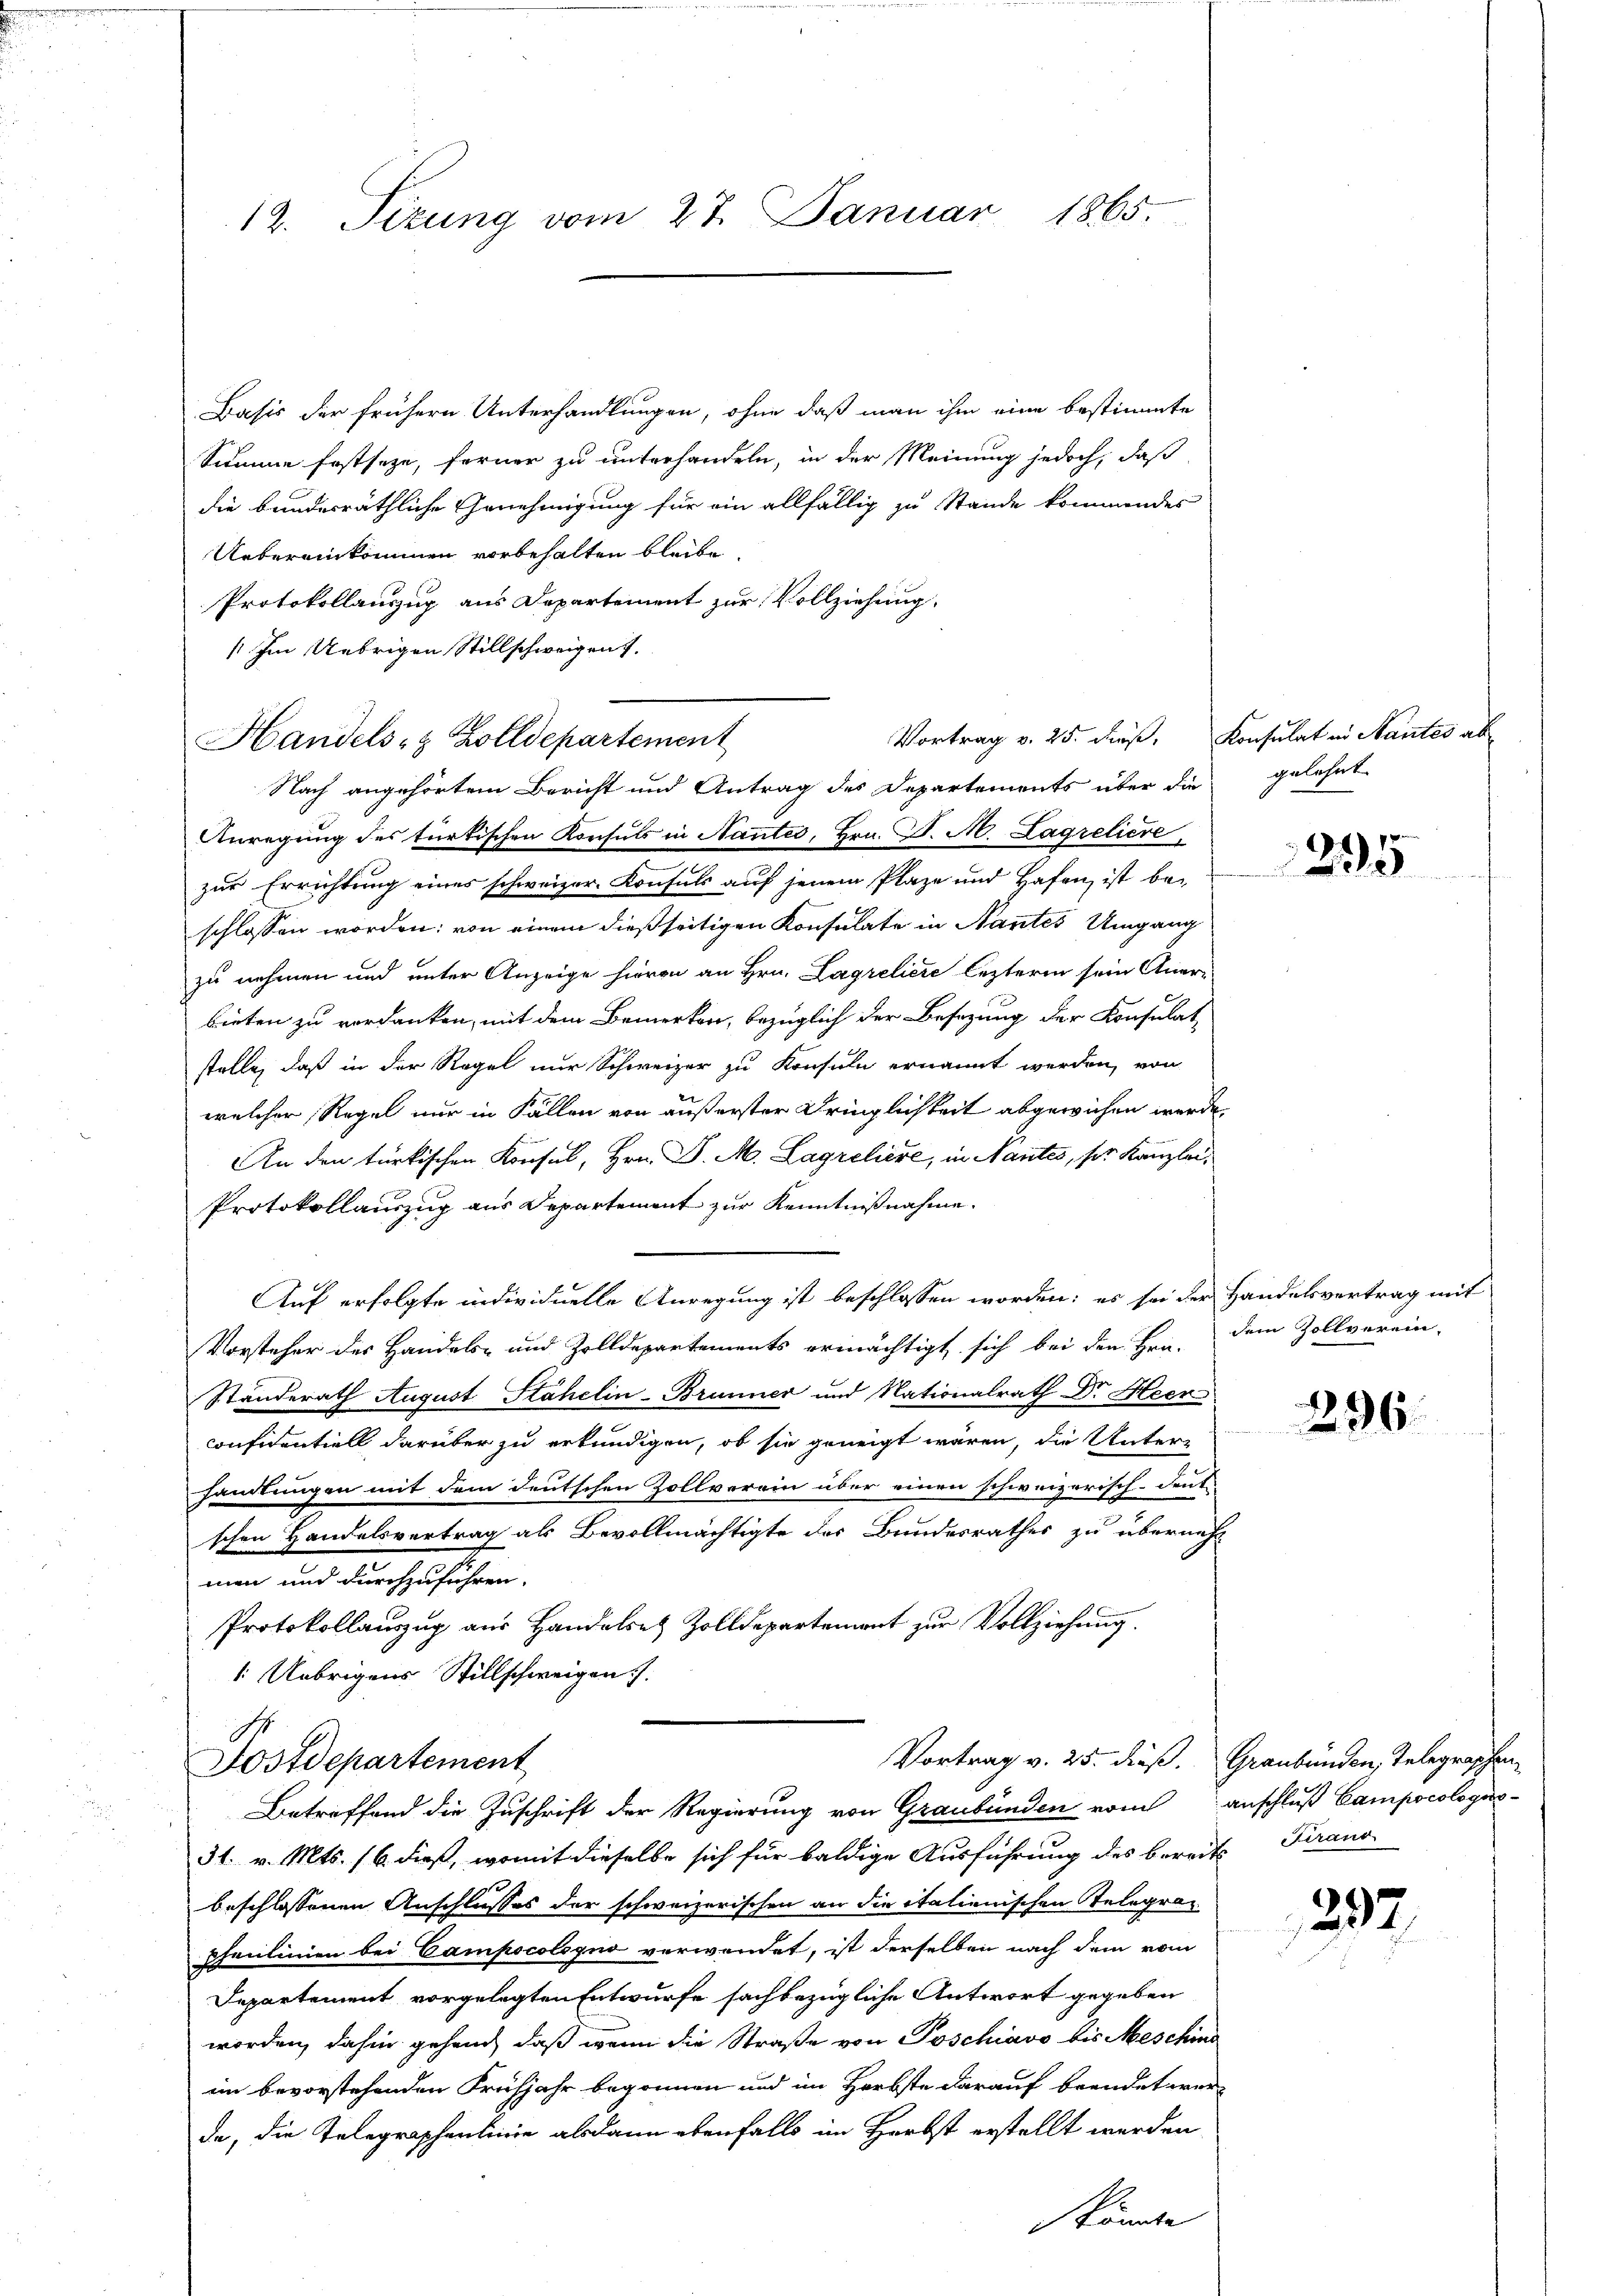
12. Tizung vom 27. Januar 1865.

Basis der frühern Unterhandlungen, ohne daß man ihm eine bestimmte
Summe festseze, ferner zu unterhandeln, in der Meinung jedoch, daß
die bundesräthliche Genehmigung für ein allfällig zu Stande kommendes
Uebereinkommen vorbehalten bleibe,
Protokollauszug aus Departement zur Vollziehung,
 Im Uebrigen Stillschweigen.

Handels- & Zolldepartement

Nach angehörtem Bericht und Antrag des Departements über die gelehnt
Anregung des türkischen Konsuls in Nantes, Hrn. J. A. Lagreliere,
zur Errichtung eines schweizer. Konsuls auf jenem Plaze und Hafen, ist be-
schlossen worden: von einem dießseitigen Konsulate in Nantes Umgang
zu nehmen und unter Anzeige hievon an Hrn. Lagreliere lezterm sein Aner-
bieten zu verdanken, mit dem Bemerken, bezüglich der Besizung der Konsulat,
stelle, daß in der Regel nur Schweizer zu Konsuln ernannt werden, von
welcher Regel nur in Fällen von äußerster Dringlichkeit abgewichen werde.
An den türkischen Konsul, Hrn. P. M. Lagretiere, in Nantes, ser Kanzlei¬
Protokollauszug aus Departement zur Kenntnißnahme.
Auf erfolgte individuelle Anregung ist beschlossen worden: es sei der Handelsvertrag mit
Vorsteher des Handels- und Zolldepartements ermächtigt sich bei den Hen-
Standerath August Stahelin-Brunner und Nationalrath Dr. Heer-
confidentiell darüber zu erkundigen, ob sie geneigt waren, die Unterhandlungen mit dem deutschen Zollverein über einen schweizerisch-deute
schen Handelsvertrag als Bevollmächtigte des Bundesrathes zu übernehm
men und durchzuführen.
Protokollauszug aus Handelsatz Zolldepartement zur Vollziehung.
1. Uebrigens Stillschweigen.
8
Vortrag v. 25. dieß.
Nostdepartement
Betreffend die Zuschrift der Regierung von Graubünden vom
31. v. Mts. 16 dieß, womit dieselbe sich für baldige Ausführung des bereits Tirano
beschlossenen Anschlusses der schweizerischen an die italienischen Telegraphenlinien bei Campscologno verwendet, ist derselben nach dem vom
Departement vorgelegten Entwurfe sachbezügliche Antwort gegeben
worden, dahin gehend, daß wenn die Straße von Poschiavo bis Meschins
im bevorstehenden Frühjahr begonnen und im Herbste darauf beendet werde, die Telegraphenlinie alsdann ebenfalls im Herbst erstellt werden
könte

Vortrag v. 25. dieß, Konsulat in Mantes ab

295

dem Zollverein-

2296.

Graubünden, Telegraphen
anschluß Campocologes¬

292.